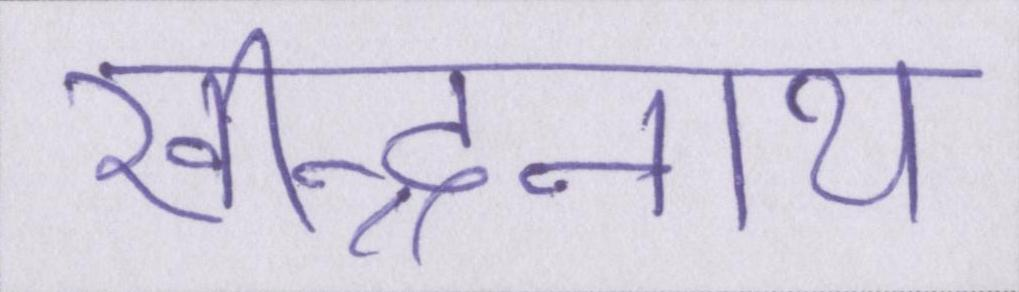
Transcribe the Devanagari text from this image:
रवीन्द्रनाथ